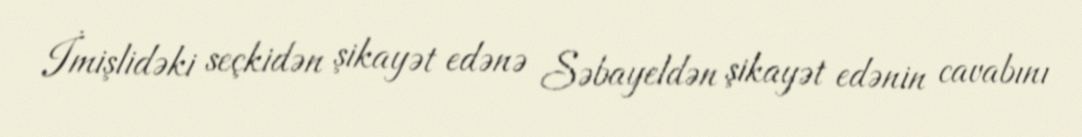
İmişlidəki seçkidən şikayət edənə Səbayeldən şikayət edənin cavabını